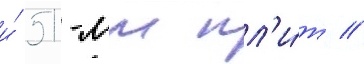
и́ 51-мм пл'и́т /